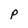
Character: p